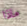
ماذا